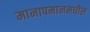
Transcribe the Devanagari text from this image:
मानापमानमधील